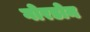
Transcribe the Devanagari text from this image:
गोरडोन